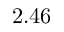
2 . 4 6